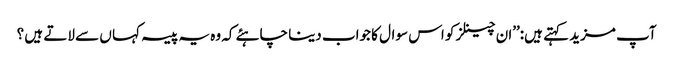
آپ مزید کہتے ہیں:’’ان چینلز کو اس سوال کا جواب دینا چاہئے کہ وہ یہ پیسہ کہا ں سے لاتے ہیں ؟